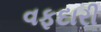
વફદારી